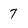
Character: 7